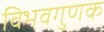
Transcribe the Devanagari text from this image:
विभवगुणक